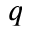
q